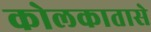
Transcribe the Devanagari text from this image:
कोलकातासे